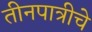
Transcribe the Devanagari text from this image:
तीनपात्रीचे